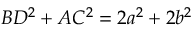
B D ^ { 2 } + A C ^ { 2 } = 2 a ^ { 2 } + 2 b ^ { 2 }